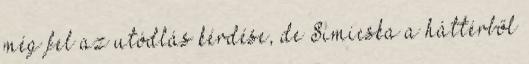
még fel az utódlás kérdése, de Simicska a háttérből